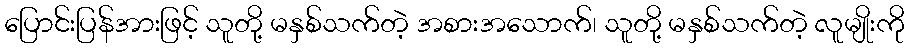
ပြောင်းပြန်အားဖြင့် သူတို့ မနှစ်သက်တဲ့ အစားအသောက်၊ သူတို့ မနှစ်သက်တဲ့ လူမျိုးကို